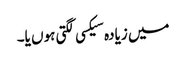
میں زیادہ سیکسی لگتی ہوں یا۔